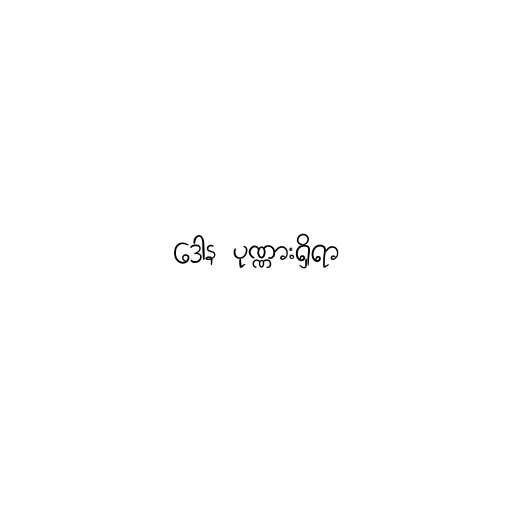
ဒေါန ပုဏ္ဏားရှိရာ